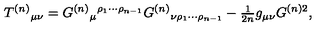
T ^ { ( n ) } { } _ { \mu \nu } = G ^ { ( n ) } { } _ { \mu } { } ^ { \rho _ { 1 } \cdots \rho _ { n - 1 } } G ^ { ( n ) } { } _ { \nu \rho _ { 1 } \cdots \rho _ { n - 1 } } - { \textstyle \frac { 1 } { 2 n } } g _ { \mu \nu } G ^ { ( n ) 2 } ,